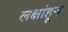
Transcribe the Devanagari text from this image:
लक्षांहून